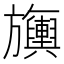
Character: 𬀣